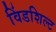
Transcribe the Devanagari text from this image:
विंडशिल्ट